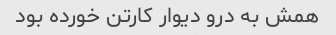
همش به درو دیوار کارتن خورده بود